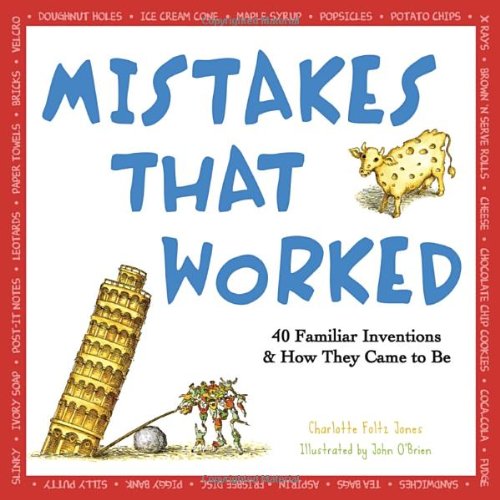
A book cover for Mistakes That Worked; Charlotte Jones; Science & Math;